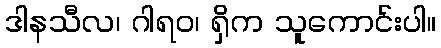
ဒါနသီလ၊ ဂါရဝ၊ ရှိက သူကောင်းပါ။